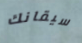
سيقانك